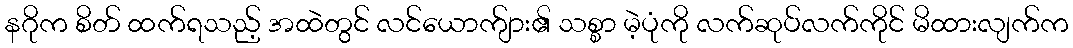
နဂိုက စိတ် ထက်ရသည့် အထဲတွင် လင်ယောက်ျား၏ သစ္စာ မဲ့ပုံကို လက်ဆုပ်လက်ကိုင် မိထားလျက်က